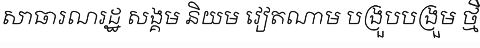
សាធារណរដ្ឋ សង្គម និយម វៀតណាម បង្រួបបង្រួម ថ្មី